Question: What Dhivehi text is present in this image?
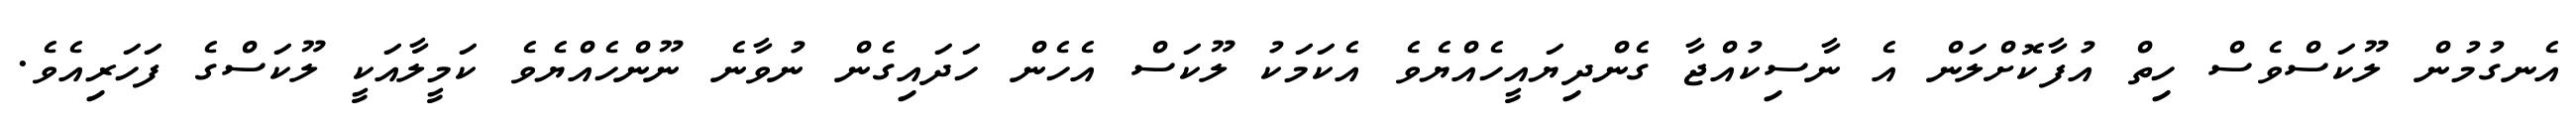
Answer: އެނގުމުން ލޫކަސްވެސް ހިތް އުފާކޮށްލަން އެ ނާސިކުއްޖާ ގެންދިޔައީހެއްޔެވެ އެކަމަކު ލޫކަސް އެހެން ހަދައިގެން ނުވާނެ ނޫންހެއްޔެވެ ކަމީލާއަކީ ލޫކަސްގެ ފަހަރިއެވެ.